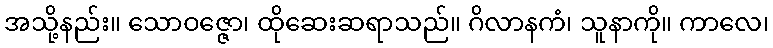
အသို့နည်း။ သောဝဇ္ဇော၊ ထိုဆေးဆရာသည်။ ဂိလာနကံ၊ သူနာကို။ ကာလေ၊